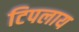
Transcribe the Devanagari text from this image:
टिपलाय